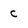
Character: c